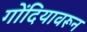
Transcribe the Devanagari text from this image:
गोंदियावरून